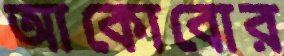
আকোবোর